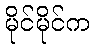
မိုင်မိုင်က